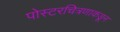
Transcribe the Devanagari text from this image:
पोस्टरचित्रणाकडून